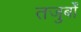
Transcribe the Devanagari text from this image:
तजुर्बों